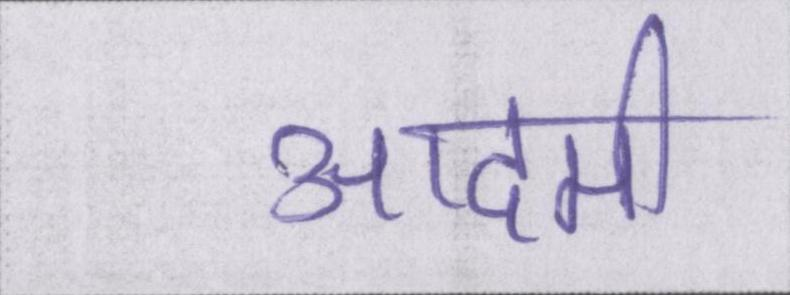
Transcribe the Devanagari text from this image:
आदमी